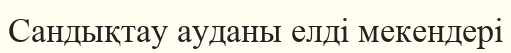
Сандықтау ауданы елді мекендері